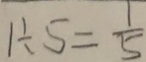
1 \div 5 = \frac { 1 } { 5 }